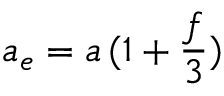
a _ { e } = a \, ( 1 + { \frac { f } { 3 } } )